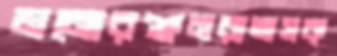
মনোরঞ্জনরাঅসক্